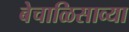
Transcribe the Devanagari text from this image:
बेचाळिसाव्या